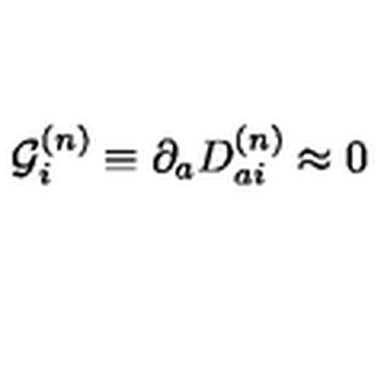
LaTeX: { \cal G } _ { i } ^ { ( n ) } \equiv \partial _ { a } D _ { a i } ^ { ( n ) } \approx 0